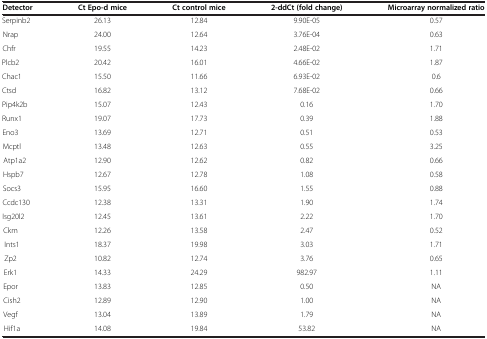
<table><thead><tr><td><b>Detector</b></td><td><b>Ct Epo-d mice</b></td><td><b>Ct control mice</b></td><td><b>2-ddCt (fold change)</b></td><td><b>Microarray normalized ratio</b></td></tr></thead><tbody><tr><td>Serpinb2</td><td>26.13</td><td>12.84</td><td>9.90E-05</td><td>0.57</td></tr><tr><td>Nrap</td><td>24.00</td><td>12.64</td><td>3.76E-04</td><td>0.63</td></tr><tr><td>Chfr</td><td>19.55</td><td>14.23</td><td>2.48E-02</td><td>1.71</td></tr><tr><td>Plcb2</td><td>20.42</td><td>16.01</td><td>4.66E-02</td><td>1.87</td></tr><tr><td>Chac1</td><td>15.50</td><td>11.66</td><td>6.93E-02</td><td>0.6</td></tr><tr><td>Ctsd</td><td>16.82</td><td>13.12</td><td>7.68E-02</td><td>0.66</td></tr><tr><td>Pip4k2b</td><td>15.07</td><td>12.43</td><td>0.16</td><td>1.70</td></tr><tr><td>Runx1</td><td>19.07</td><td>17.73</td><td>0.39</td><td>1.88</td></tr><tr><td>Eno3</td><td>13.69</td><td>12.71</td><td>0.51</td><td>0.53</td></tr><tr><td>Mcptl</td><td>13.48</td><td>12.63</td><td>0.55</td><td>3.25</td></tr><tr><td>Atp1a2</td><td>12.90</td><td>12.62</td><td>0.82</td><td>0.66</td></tr><tr><td>Hspb7</td><td>12.67</td><td>12.78</td><td>1.08</td><td>0.58</td></tr><tr><td>Socs3</td><td>15.95</td><td>16.60</td><td>1.55</td><td>0.88</td></tr><tr><td>Ccdc130</td><td>12.38</td><td>13.31</td><td>1.90</td><td>1.74</td></tr><tr><td>Isg20l2</td><td>12.45</td><td>13.61</td><td>2.22</td><td>1.70</td></tr><tr><td>Ckm</td><td>12.26</td><td>13.58</td><td>2.47</td><td>0.52</td></tr><tr><td>Ints1</td><td>18.37</td><td>19.98</td><td>3.03</td><td>1.71</td></tr><tr><td>Zp2</td><td>10.82</td><td>12.74</td><td>3.76</td><td>0.65</td></tr><tr><td>Erk1</td><td>14.33</td><td>24.29</td><td>982.97</td><td>1.11</td></tr><tr><td>Epor</td><td>13.83</td><td>12.85</td><td>0.50</td><td>NA</td></tr><tr><td>Cish2</td><td>12.89</td><td>12.90</td><td>1.00</td><td>NA</td></tr><tr><td>Vegf</td><td>13.04</td><td>13.89</td><td>1.79</td><td>NA</td></tr><tr><td>Hif1a</td><td>14.08</td><td>19.84</td><td>53.82</td><td>NA</td></tr></tbody></table>